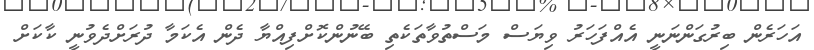
އަހަރެން ބިރުގަންނަނީ އެއްފަހަރު ވިޔަސް މަސްތުވާތަކެތި ބޭނުންކޮށްފިއްޔާ ދެން އެކަމާ ދުރަށްދެވުނީ ކާކަށް